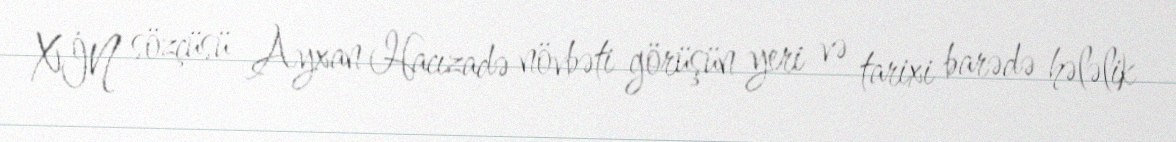
XİN sözçüsü Ayxan Hacızadə növbəti görüşün yeri və tarixi barədə hələlik